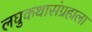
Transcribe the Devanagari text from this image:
लघुकथासंग्रहाला